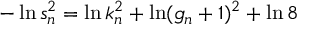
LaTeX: - \ln s _ { n } ^ { 2 } = \ln k _ { n } ^ { 2 } + \ln ( g _ { n } + 1 ) ^ { 2 } + \ln 8